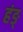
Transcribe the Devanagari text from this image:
हंङ्